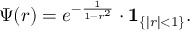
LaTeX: \Psi ( r ) = e ^ { - { \frac { 1 } { 1 - r ^ { 2 } } } } \cdot \mathbf { 1 } _ { \{ | r | < 1 \} } .